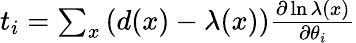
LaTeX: \begin{array}{r}{t_{i}=\sum_{x}\left(d(x)-\lambda(x)\right)\frac{\partial\ln\lambda(x)}{\partial\theta_{i}}}\end{array}